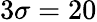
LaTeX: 3\sigma=20